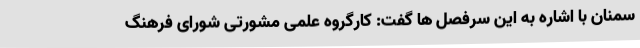
سمنان با اشاره به این سرفصل ها گفت: کارگروه علمی مشورتی شورای فرهنگ